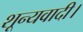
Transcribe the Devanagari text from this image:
शून्यवादी।